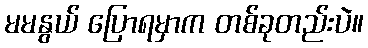
မမနွယ် ပြောရမှာက တစ်ခုတည်းပဲ။